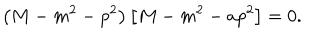
LaTeX: \left( M - m ^ { 2 } - p ^ { 2 } \right) \left[ M - m ^ { 2 } - a p ^ { 2 } \right] = 0 .